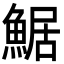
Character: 䱟